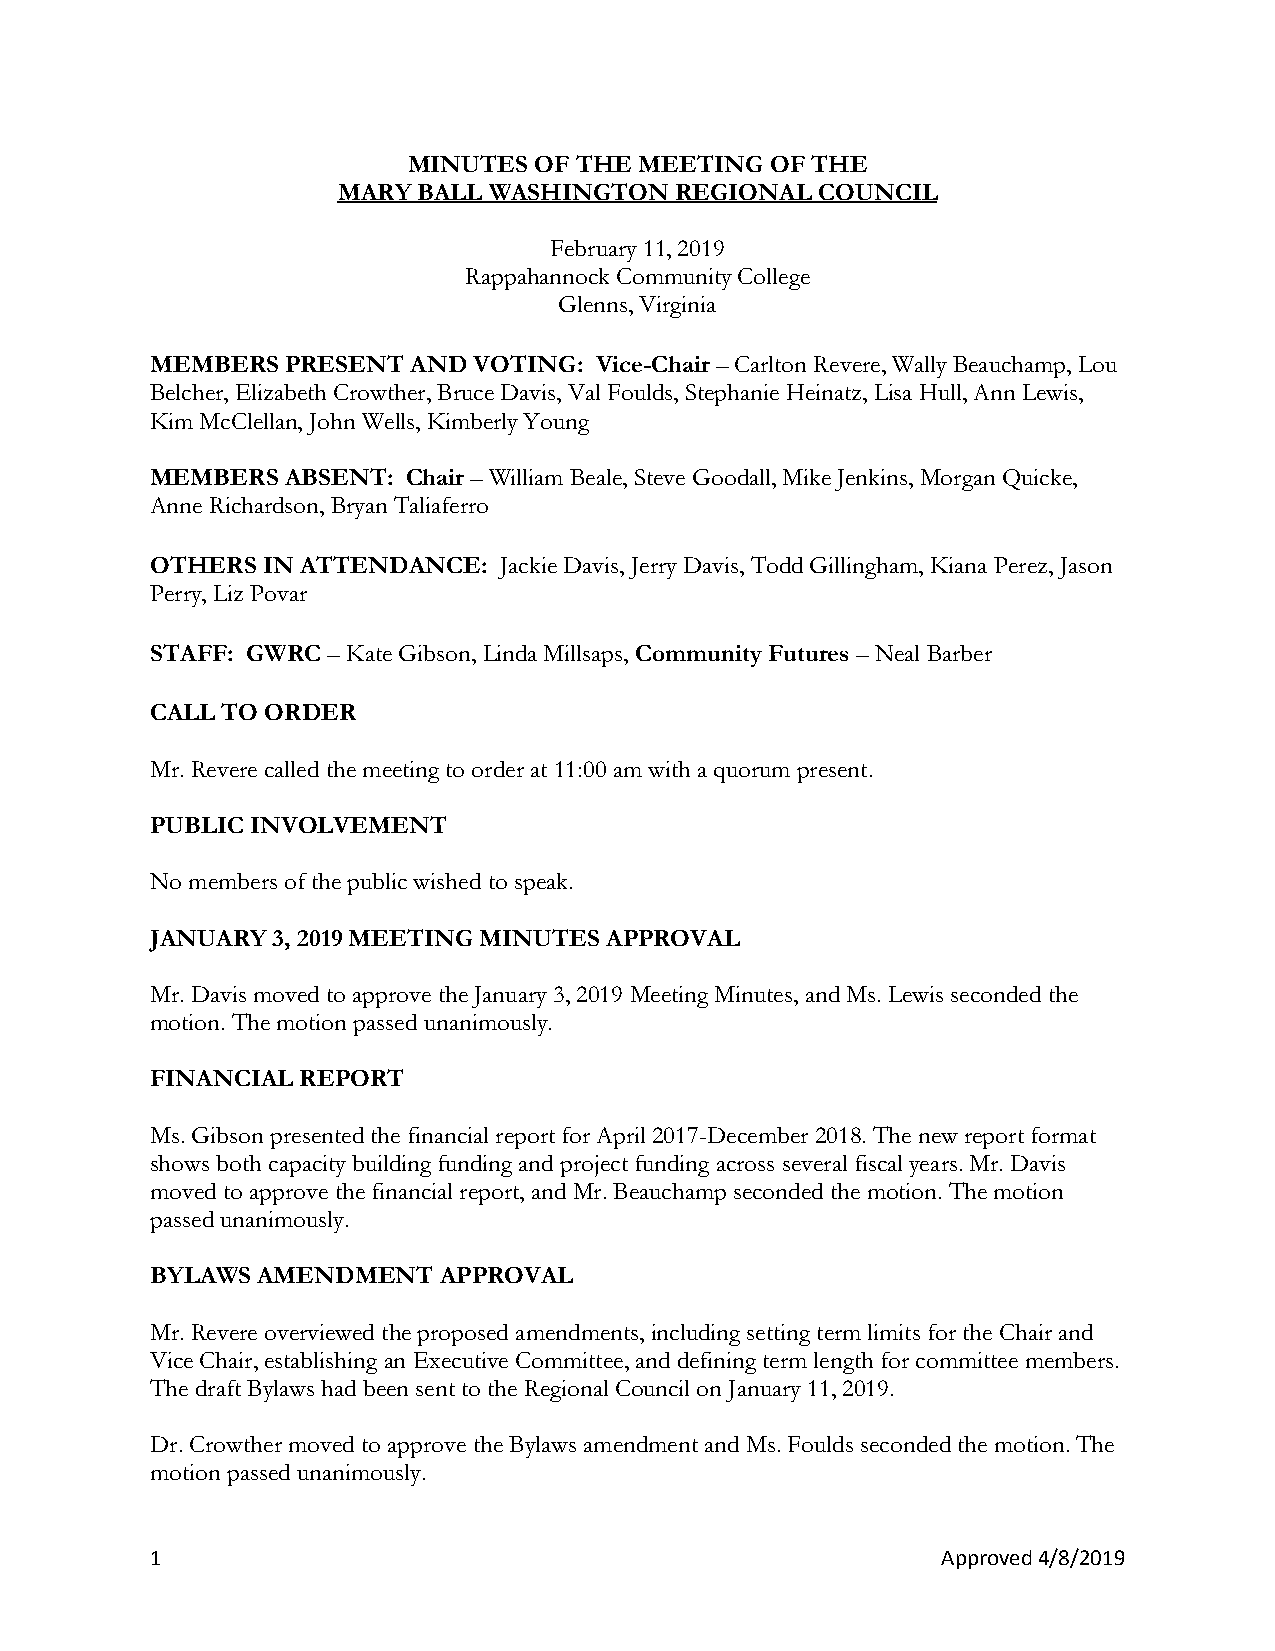
MINUTES OF THE MEETING  OF THE
 MARY  BALL WASHINGTON  REGIONAL COUNCIL
 February 11, 2019
 Rappahannock Community College
 Glenns, Virginia
 MEMBERS  PRESENT AND VOTING: Vice-Chair – Carlton Revere, Wally Beauchamp, Lou
 Belcher, Elizabeth Crowther, Bruce Davis, Val Foulds, Stephanie Heinatz, Lisa Hull, Ann Lewis,
 Kim McClellan, John Wells, Kimberly Young
 MEMBERS  ABSENT: Chair – William Beale, Steve Goodall, Mike Jenkins, Morgan Quicke,
 Anne Richardson, Bryan Taliaferro
 OTHERS IN ATTENDANCE:  Jackie Davis, Jerry Davis, Todd Gillingham, Kiana Perez, Jason
 Perry, Liz Povar
 STAFF: GWRC – Kate Gibson, Linda Millsaps, Community Futures – Neal Barber
 CALL TO ORDER
 Mr. Revere called the meeting to order at 11:00 am with a quorum present.
 PUBLIC INVOLVEMENT
 No members of the public wished to speak.
 JANUARY 3, 2019 MEETING MINUTES APPROVAL
 Mr. Davis moved to approve the January 3, 2019 Meeting Minutes, and Ms. Lewis seconded the
 motion. The motion passed unanimously.
 FINANCIAL REPORT
 Ms. Gibson presented the financial report for April 2017-December 2018. The new report format
 shows both capacity building funding and project funding across several fiscal years. Mr. Davis
 moved to approve the financial report, and Mr. Beauchamp seconded the motion. The motion
 passed unanimously.
 BYLAWS AMENDMENT   APPROVAL
 Mr. Revere overviewed the proposed amendments, including setting term limits for the Chair and
 Vice Chair, establishing an Executive Committee, and defining term length for committee members.
 The draft Bylaws had been sent to the Regional Council on January 11, 2019.
 Dr. Crowther moved to approve the Bylaws amendment and Ms. Foulds seconded the motion. The
 motion passed unanimously.
 1                                                   Approved 4/8/2019